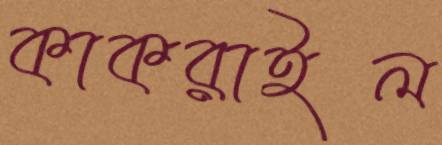
কাকরাইল